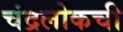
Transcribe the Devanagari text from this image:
चंद्रलोकची